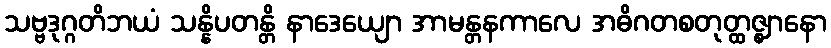
သဗ္ဗဒုဂ္ဂတိဘယံ သန္နိပတန္တိ နာဒေယျော အာမန္တနကာလေ အဓိဂတစတုတ္ထဇ္ဈာနော